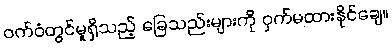
ဝက်ဝံတွင်မူရှိသည့် ခြေသည်းများကို ဝှက်မထားနိုင်ချေ။